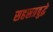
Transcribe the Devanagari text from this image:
सहस्रत्रबुद्धे